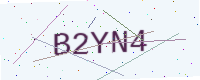
Text: B2YN4